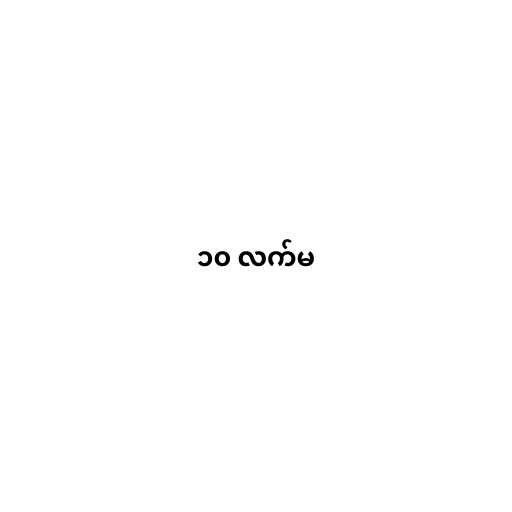
၁၀ လက်မ